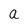
Character: a